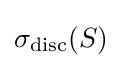
\sigma _{\mathrm {disc} }(S)